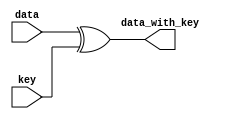
`timescale 1ns / 1ps

module addRoundKey(
    input [127:0] data,
    input [127:0] key,
    output [127:0] data_with_key
    );

assign data_with_key=data^key;
endmodule